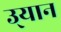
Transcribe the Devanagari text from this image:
उ्यान